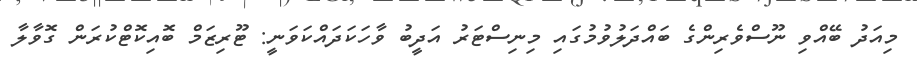
މިއަދު ބޭއްވި ނޫސްވެރިންގެ ބައްދަލުވުމުގައި މިނިސްޓަރު އަދީބު ވާހަކަދައްކަވަނީ: ޓޫރިޒަމް ބޮއިކޮޓްކުރަން ގޮވާލާ